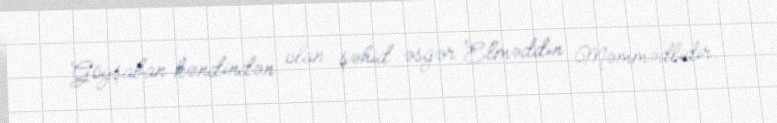
Göyşaban kəndindən olan şəhid əsgər Elməddin Məmmədlidir.